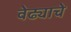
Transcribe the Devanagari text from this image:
वेढ्याचे